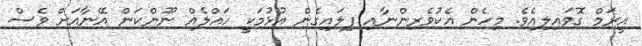
އީރަމް ގޮވައިލިއެވެ. މިހެން އެކުވެރިންނާއި ފިލައިގެން އުޅުމަކީ ހައްލެއް ނޫންކަން އޭނާއަށް ވެސް